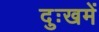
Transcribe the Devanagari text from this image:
दुःखमें